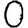
Digit: 0